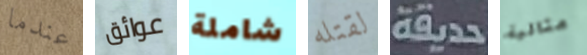
عندما عوائق شاملة لقتله حديقة مثالية